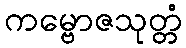
ကမ္ဗောဇသုတ္တံ